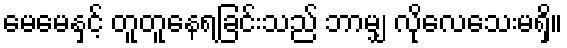
မေမေနှင့် တူတူနေရခြင်းသည် ဘာမျှ လိုလေသေးမရှိ။